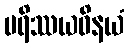
ပရိဿယဝိနယံ